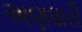
અણધારી